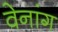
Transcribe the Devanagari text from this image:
वेनांग